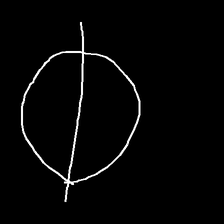
Glyph: orb